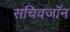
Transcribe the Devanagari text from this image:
सचिवजॉन